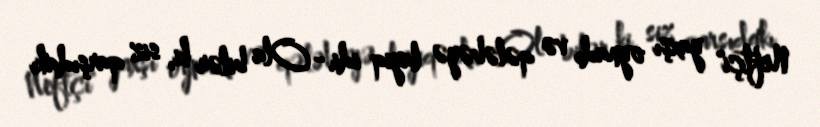
Neftçi" yaxşı oynadı və qələbəyə layiq idi.- Ola bilər ki, siz qarşıdakı